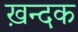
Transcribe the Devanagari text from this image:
ख़न्दक